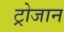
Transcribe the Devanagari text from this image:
ट्रोजान